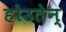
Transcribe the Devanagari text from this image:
होउतेन्